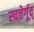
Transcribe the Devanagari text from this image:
स्चत्तेर्गूद्